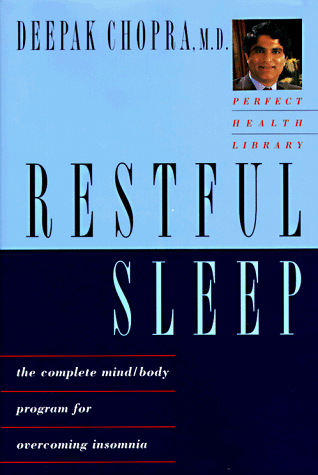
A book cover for Restful Sleep: The Complete Mind-Body Program for Overcoming Insomnia; Deepak Chopra M.D.; Health, Fitness & Dieting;